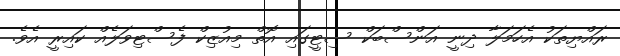
ރައްޔިތަކު އެހަމަލާ ދިނީ އަންސްބަކް ސިޓީގައި އޮތް މިއުޒިކް ފެސްޓިވަލެއް ކައިރީ އެވެ.